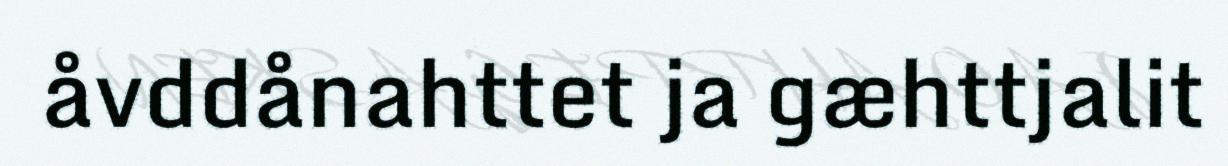
åvddånahttet ja gæhttjalit